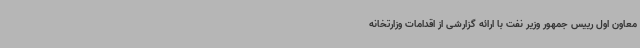
معاون اول رییس جمهور وزیر نفت با ارائه گزارشی از اقدامات وزارتخانه